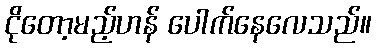
ငိုတော့မည့်ဟန် ပေါက်နေလေသည်။